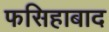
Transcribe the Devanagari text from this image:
फसिहाबाद